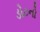
ડોટનો